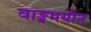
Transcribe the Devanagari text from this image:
वाङ्ममयीन